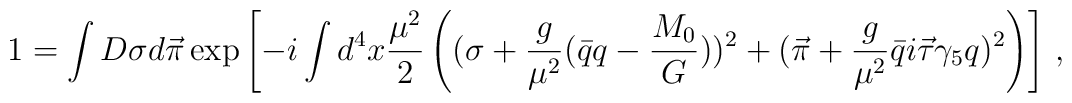
1=\int D\sigma d\vec{\pi} \exp\left[-i\int d^4 x {\mu^2\over 2}  \left((\sigma + {g\over \mu^2} (\bar{q} q - {M_{0}\over G}))^2 +  (\vec{\pi} + {g\over{\mu^2}} \bar{q} i \vec{\tau}  \gamma_{5} q)^2\right)\right]\,,